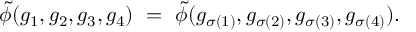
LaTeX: \tilde { \phi } ( g _ { 1 } , g _ { 2 } , g _ { 3 } , g _ { 4 } ) \ = \ \tilde { \phi } ( g _ { \sigma ( 1 ) } , g _ { \sigma ( 2 ) } , g _ { \sigma ( 3 ) } , g _ { \sigma ( 4 ) } ) .